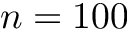
n = 1 0 0